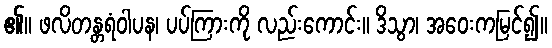
၏။ ဖလိတန္တရံဝါပန၊ ပပ်ကြားကို လည်းကောင်း။ ဒိသွာ၊ အဝေးကမြင်၍။